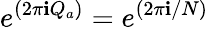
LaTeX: e^{(2\pi\mathbf{i}Q_{a})}=e^{(2\pi\mathbf{i}/N)}